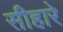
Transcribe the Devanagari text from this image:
सीहारे